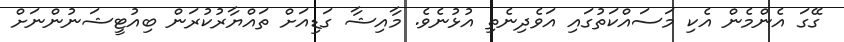
ގޭގަ އެންމެން އެކި މަސައްކަތުގައި އަވެދިނެތި އުޅުނެވެ. މާއިޝާ ގަޑިއަށް ތައްޔާރުކުރަން ބިއުޓީޝަނުންނަށް